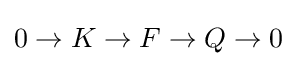
0\to K\to F\to Q\to 0